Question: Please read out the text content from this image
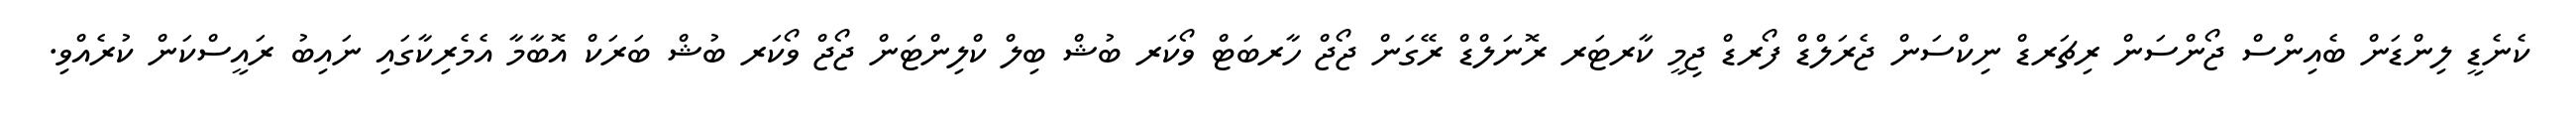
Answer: ކެނެޑީ ލިންޑަން ބެއިންސް ޖޯންސަން ރިޗަރޑް ނިކްސަން ޖެރަލްޑް ފޯރޑް ޖިމީ ކާރޓަރ ރޮނަލްޑް ރޭގަން ޖޯޖް ހާރބަޓް ވޯކަރ ބުޝް ބިލް ކްލިންޓަން ޖޯޖް ވޯކަރ ބުޝް ބަރަކް އޮބާމާ އެމެރިކާގައި ނައިބު ރައީސްކަން ކުރެއްވި.